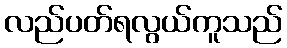
လည်ပတ်ရလွယ်ကူသည်